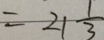
= 2 1 \frac { 1 } { 3 }